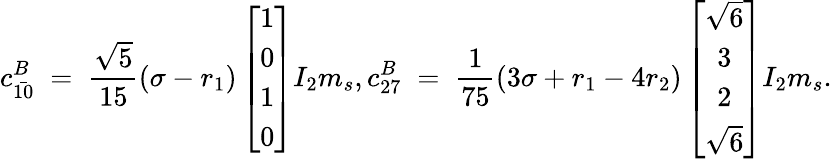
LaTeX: c_{\bar{10}}^{B}\; =\; \frac{\sqrt{5}}{15}(\sigma-r_{1})\left[\begin{array}{c}{{1}}\\ {{0}}\\ {{1}}\\ {{0}}\end{array}\right]I_{2}m_{s},c_{27}^{B}\; =\; \frac{1}{75}(3\sigma+r_{1}-4r_{2})\left[\begin{array}{c}{{\sqrt{6}}}\\ {{3}}\\ {{2}}\\ {{\sqrt{6}}}\end{array}\right]I_{2}m_{s}.